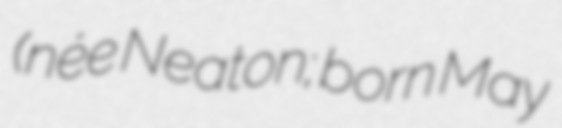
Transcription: (née Neaton; born May